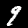
Digit: 9